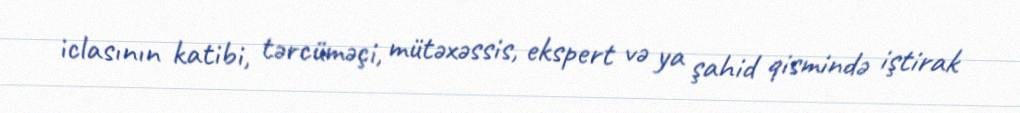
iclasının katibi, tərcüməçi, mütəxəssis, ekspert və ya şahid qismində iştirak